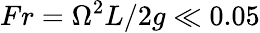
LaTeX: Fr=\Omega^{2}L/2g\ll 0.05